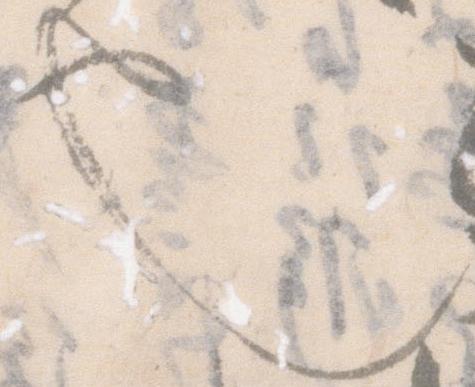
也